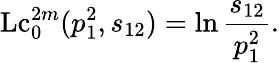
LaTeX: \mathrm{Lc}_{0}^{2m}(p_{1}^{2},s_{12})=\ln\frac{s_{12}}{p_{1}^{2}}.